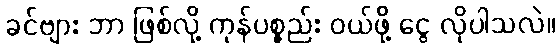
ခင်ဗျား ဘာ ဖြစ်လို့ ကုန်ပစ္စည်း ဝယ်ဖို့ ငွေ လိုပါသလဲ။